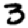
Digit: 3